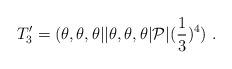
LaTeX: \begin{align*}T^\prime_3=(\theta,\theta,\theta \vert\vert \theta,\theta,\theta\vert {\cal P}\vert({1\over 3})^4)~.\end{align*}